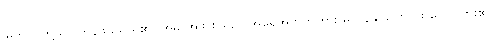
မြက်ပင်တို့သာ ကုန်ဖွယ်ရာရှိ၏။ အမိ အဖ စသည် အရေအတွက်ကား မကုန်နိုင်ကြောင်း ဟောထား၏။